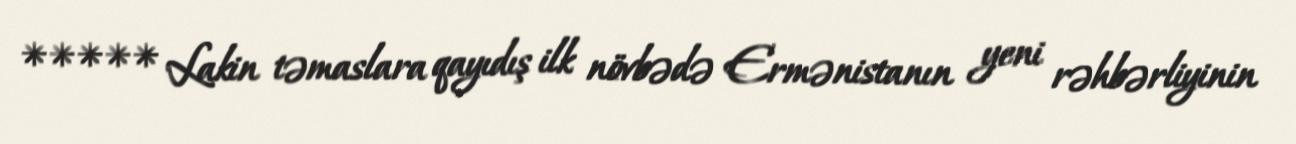
***** Lakin təmaslara qayıdış ilk növbədə Ermənistanın yeni rəhbərliyinin